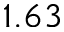
1 . 6 3